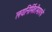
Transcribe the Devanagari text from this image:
लयनिर्मितीमागचे